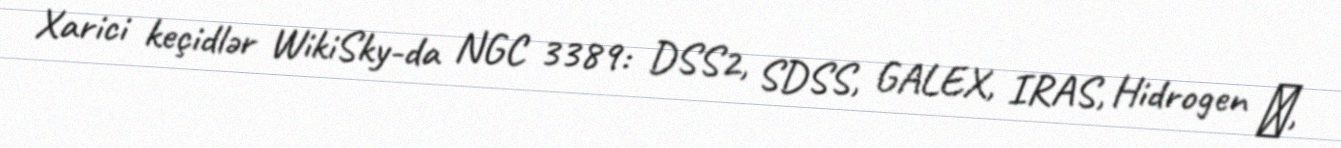
Xarici keçidlər WikiSky-da NGC 3389: DSS2, SDSS, GALEX, IRAS, Hidrogen α,